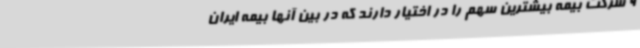
9 شرکت بیمه بیشترین سهم را در اختیار دارند که در بین آنها بیمه ایران